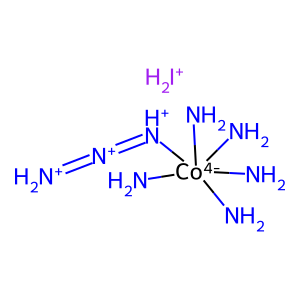
SMILES: N[Co-4](N)(N)(N)(N)[NH+]=[N+]=[NH2+].[IH2+]
Inhibits HIV replication: No